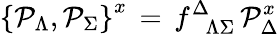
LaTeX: \left\{ {\cal P}_{\Lambda},{\cal P}_{\Sigma}\right\} ^{x}\, =\, f_{\phantom{\Delta}\Lambda\Sigma}^{\Delta}\, {\cal P}_{\Delta}^{x}